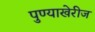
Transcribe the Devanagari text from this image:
पुण्याखेरीज